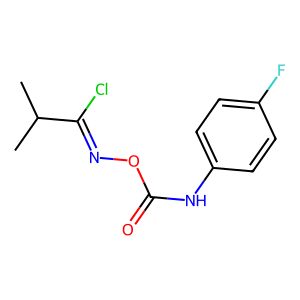
SMILES: CC(C)C(Cl)=NOC(=O)Nc1ccc(F)cc1
Inhibits HIV replication: No